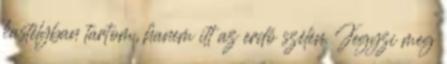
kastélyban tartom, hanem itt az erdő szélén. Jegyzi meg